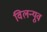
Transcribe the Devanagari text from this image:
विलन्यूव